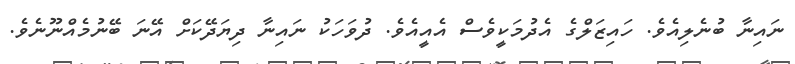
ނައިނާ ބުނެލިއެވެ. ހައިޒަލްގެ އެދުމަކީވެސް އެއީއެވެ. ދުވަހަކު ނައިނާ ދިޔަދޭކަށް އޭނަ ބޭނުމެއްނޫނެވެ.